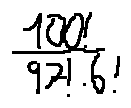
\frac { 1 0 0 ! } { 9 7 ! \cdot 6 ! }